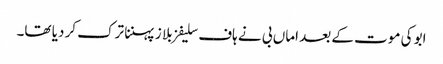
ابو کی موت کے بعد اماں بی نے ہاف سلیفز بلا ز پہننا ترک کر دیا تھا۔